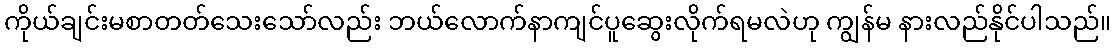
ကိုယ်ချင်းမစာတတ်သေးသော်လည်း ဘယ်လောက်နာကျင်ပူဆွေးလိုက်ရမလဲဟု ကျွန်မ နားလည်နိုင်ပါသည်။